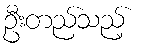
ဦးတည်သည့်